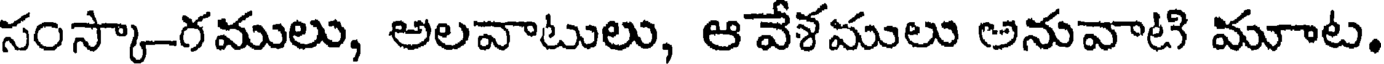
సంస్కా-రములు, అలవాటులు, ఆవేళములు అనువాటి మూాట.